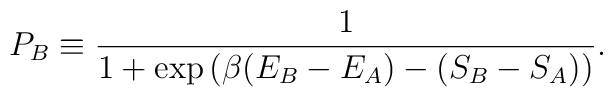
P_{B} \equiv {1\over {1+\exp\left(\beta (E_{B}-E_{A})  - (S_{B}-S_{A})\right)}}.